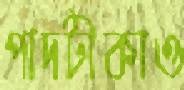
পাদটীকাও